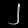
Digit: ၂